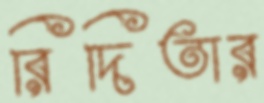
রিদিতার